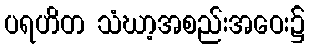
ပရဟိတ သံဃာ့အစည်းအဝေး၌